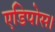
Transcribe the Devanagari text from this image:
एडिपोस।